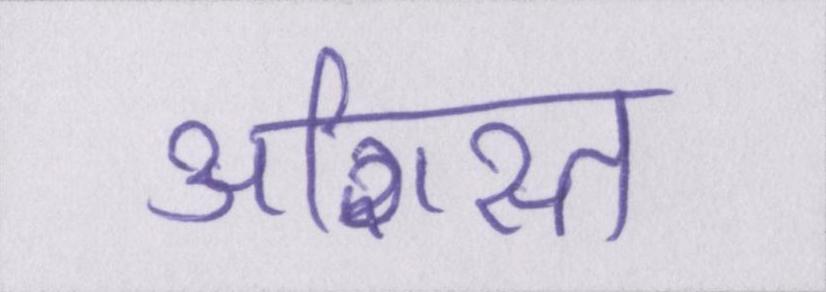
अशिस्त